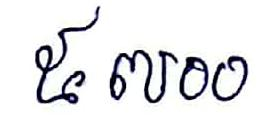
៥៧០០